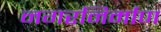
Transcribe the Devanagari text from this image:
नगरनिर्माण